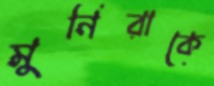
মুনিরাকে